Bréfritari: Ragnheiður Daníelsdóttir
Viðtakandi: Jakobína Magnúsdóttir
Dagsetning: A-1886-09-21
Skrifað á: Reykjavík  Gull.
Ragnheiður var dóttir Jakobínu

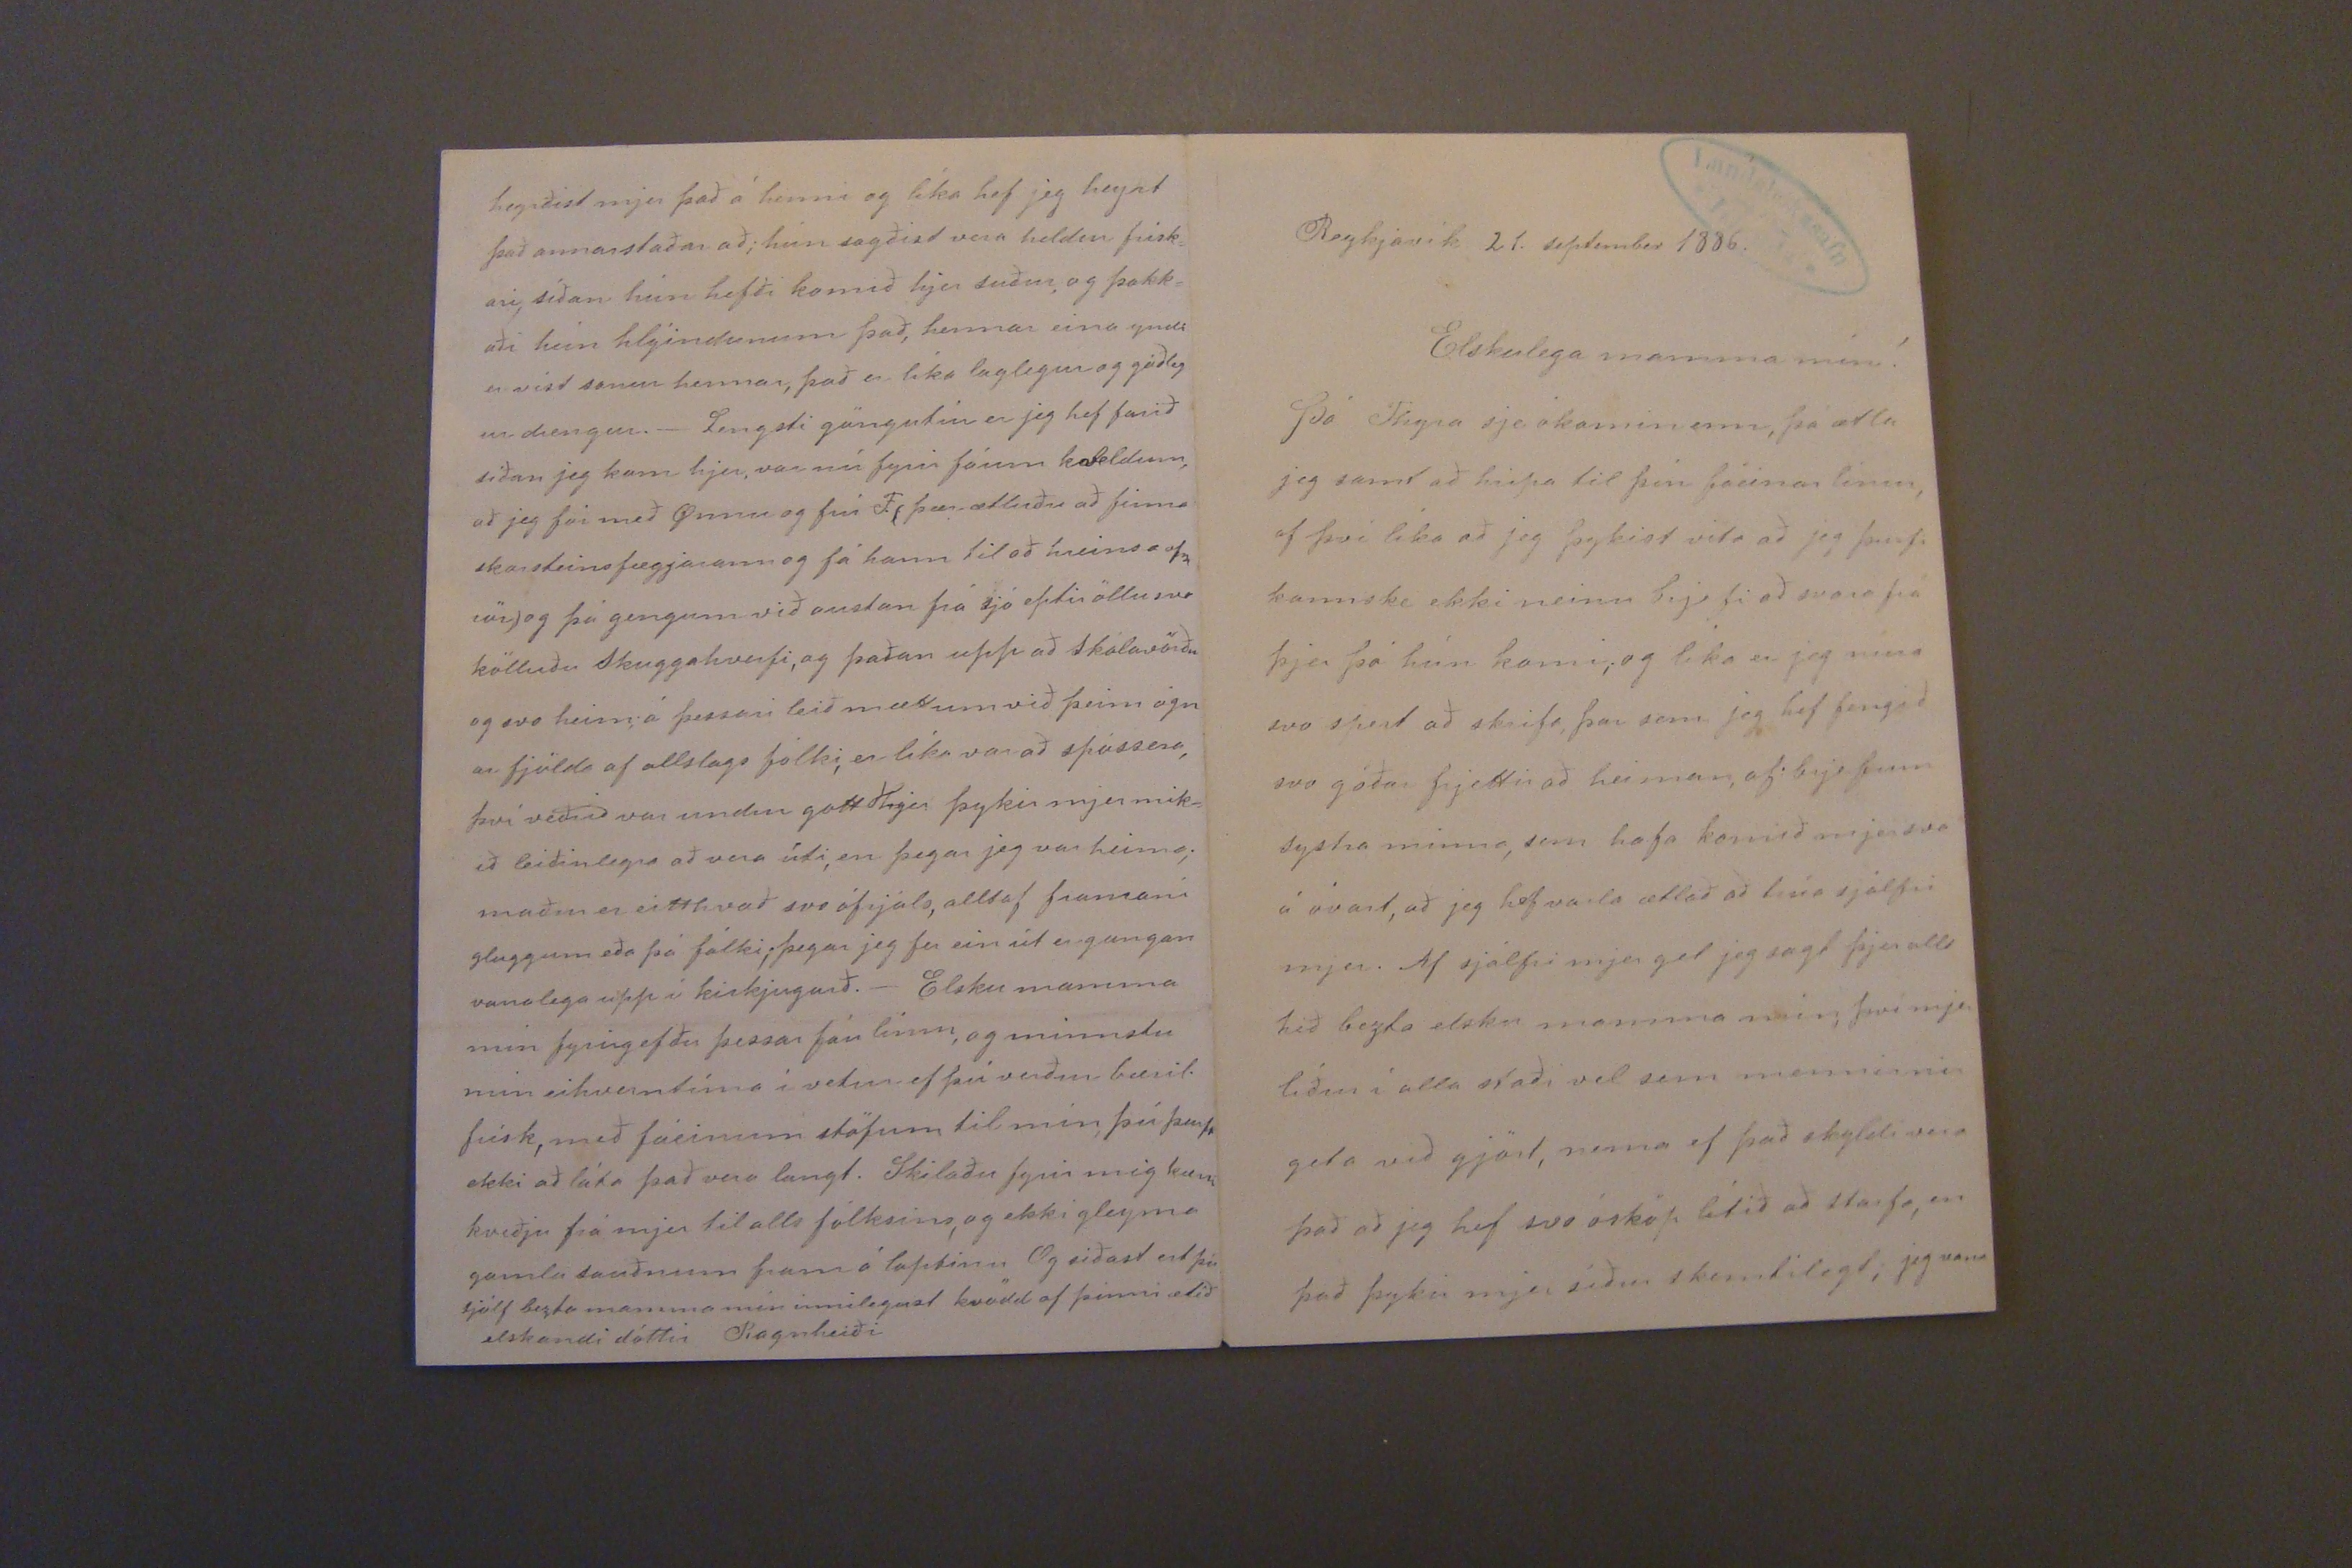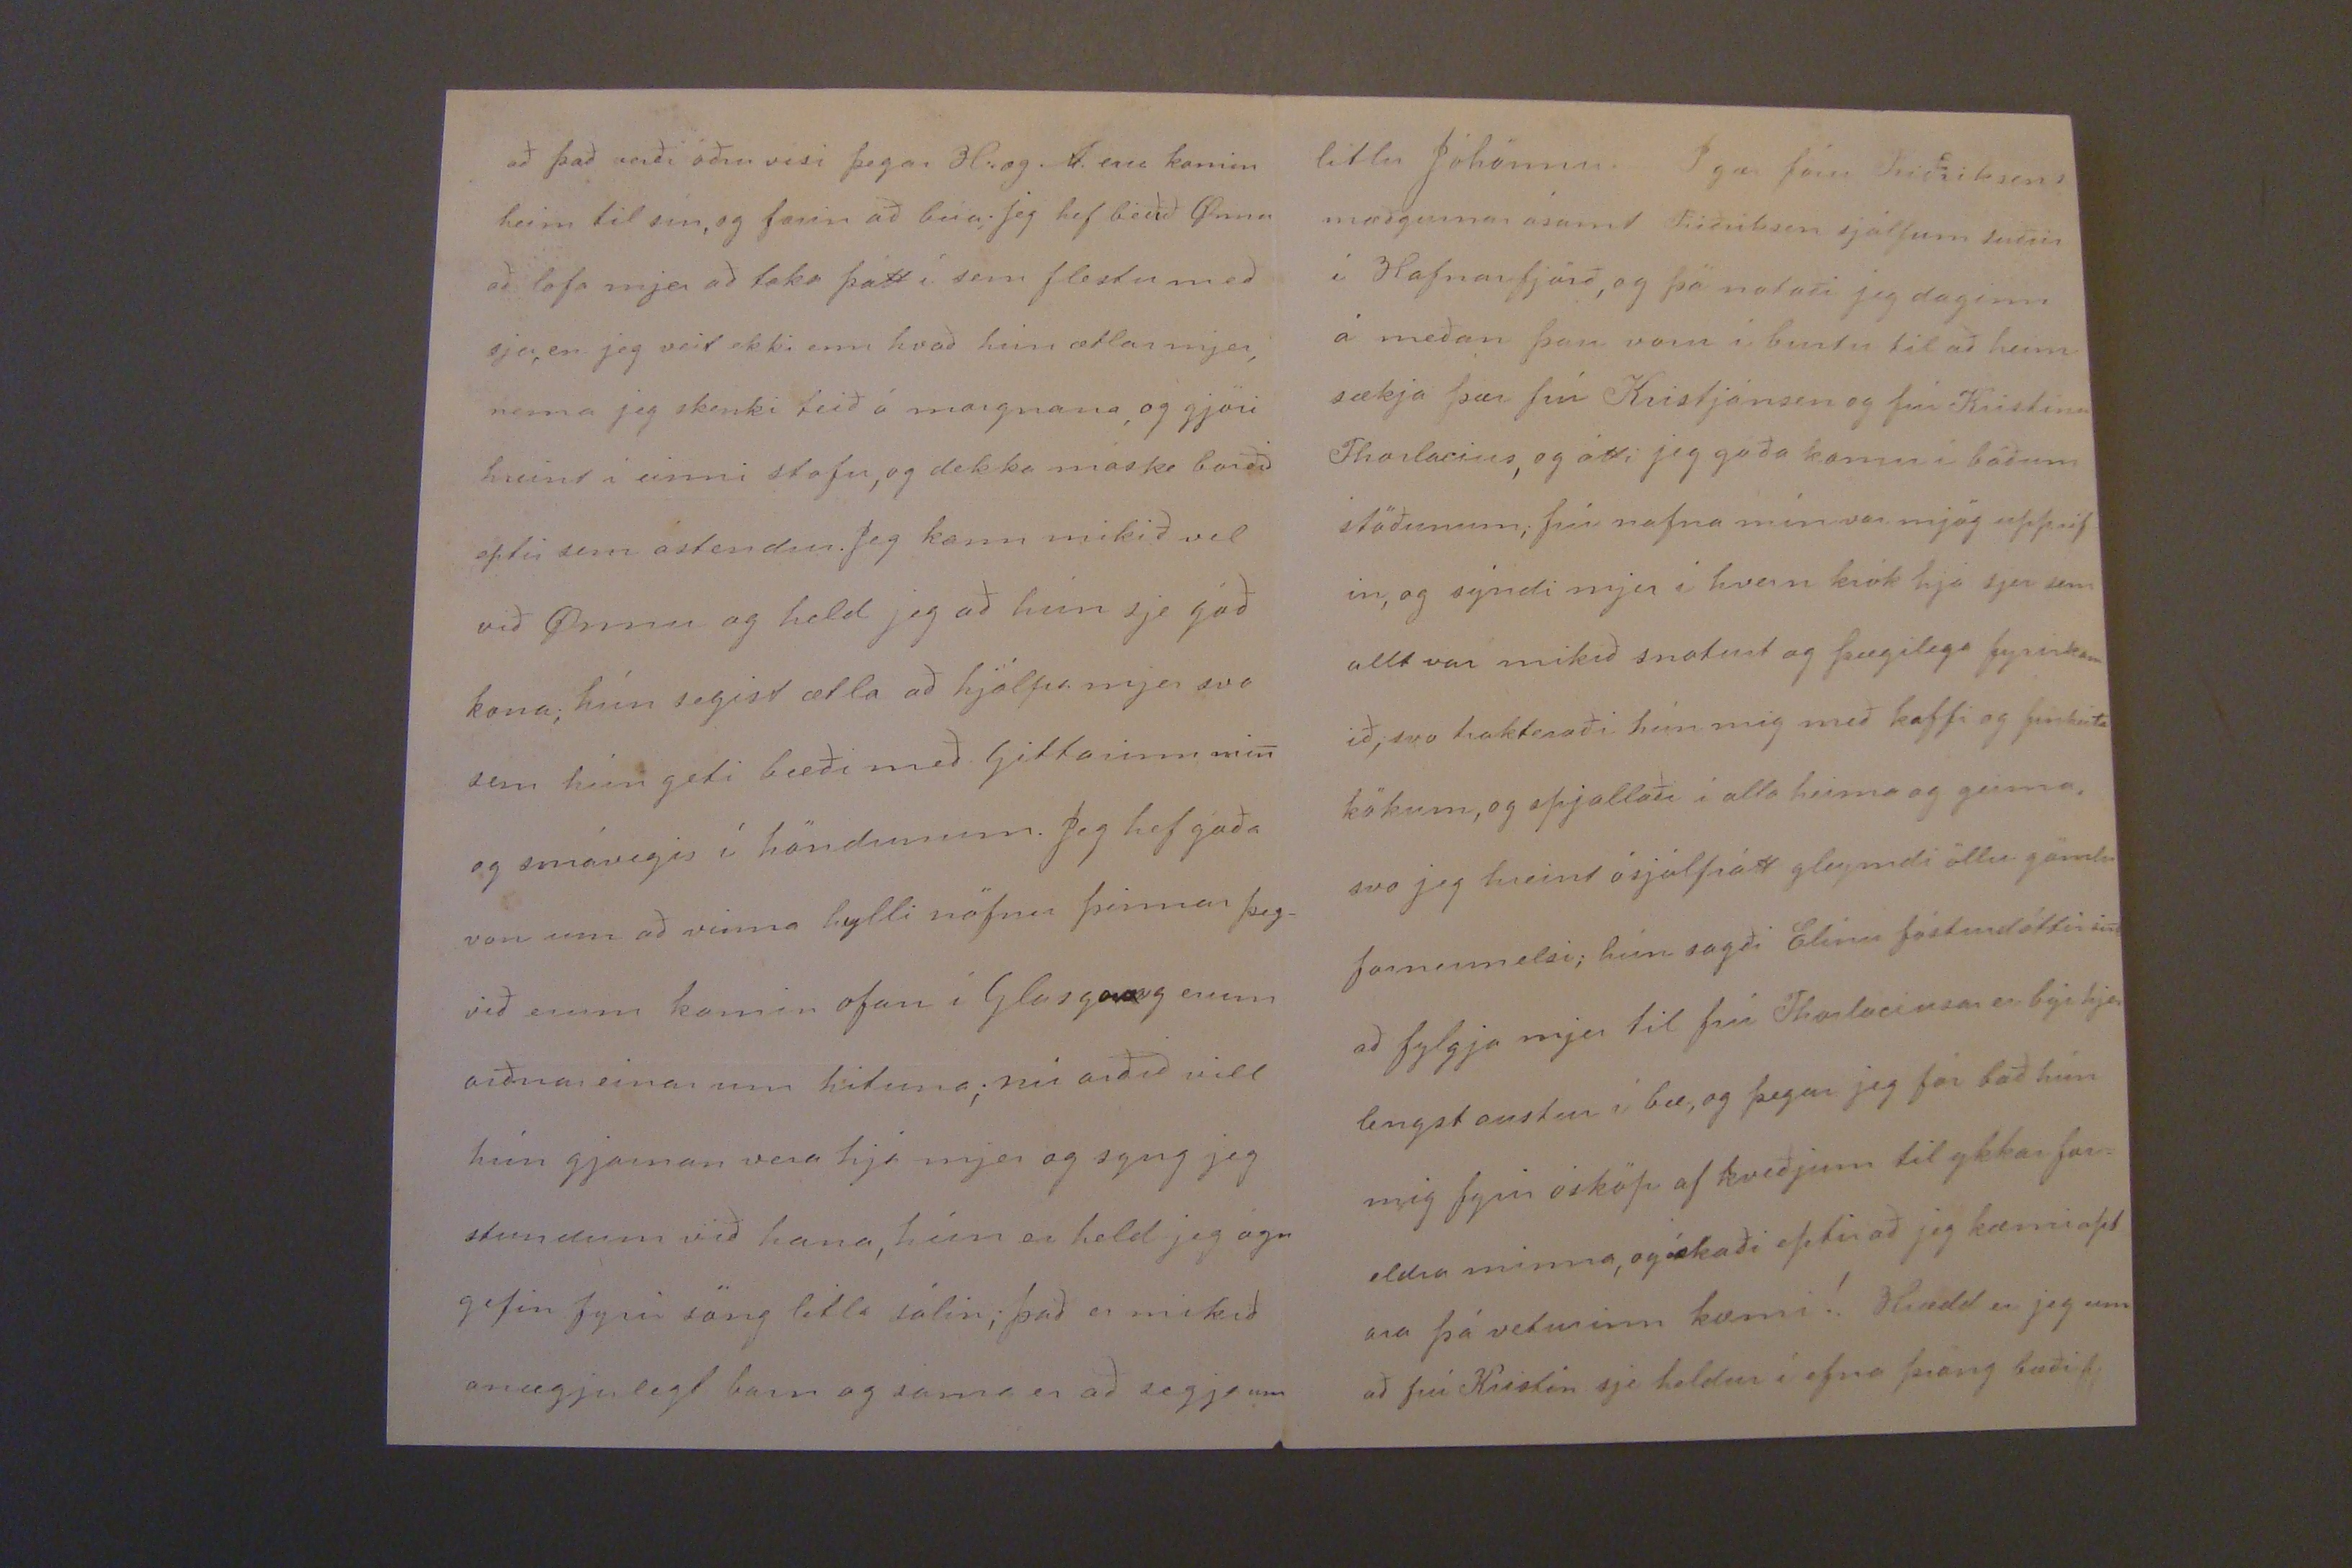

Reykjavík 21. september 1886.
Elskulega mamma mín!
Þó Thyra sje ókomin enn, þá ætla jeg samt að hripa til þín fáeinar línur, af því líka að jeg þykist vita að jeg þurfi kannski ekki neinu brjefi að svara frá þjer þó hún komi; og líka er jeg núna svo spert að skrifa, þar sem jeg hef fengið svo góðar frjettir að heiman, af brjefum systra minna, sem hafa komið mjer svo á óvart, að jeg hef varla ætlað að trúa sjálfri mjer. Af sjálfri mjer get jeg sagt þjer alls hið bezta elsku mamma mín, því mjer líður í alla staði vel sem mennirnir geta við gjört, nema ef það skyldi vera það að jeg hef svo ósköp lítið að starfa, en það þykir mjer síður skemtilegt, jeg vona
að það verði öðruvísi þegar H. og A. eru komin heim til sín, og farin að búa; jeg hef beðið Önnu að lofa mjer að taka þátt í sem flestu með sjer, en jeg veit ekki enn hvað hún ætlar mjer, nema jeg skenki teið á morgnana, og gjöri hreint í einni stofu, og dekka máski borðið eptir sem á stendur. Jeg kann mikið vel við Önnu og held jeg að hún sje góð kona; hún segist ætla að hjálpa mjer svo sem hún geti bæði með
0ittarinn
min og smávegis í höndunum. Jeg hef góða von um að vinna hylli nöfnu þinnar þeg= við erum komin ofan í Glasgo og erum orðnar einar um hituna; nú orðið vill hún gjarnan vera hjá mjer og syng jeg stundum við hana, hún er held jeg ógn gefin fyrir söng litla sálin; það er mikið ánægjulegt barn og sama er að segja um
litlu Jóhönnu. Í gær fóru Friðriksens mæðgurnar ásamt Friðriksen sjálfum suður í Hafnarfjörð, og þá notaði jeg daginn á meðan þau voru í burtu til að heim sækja þær frú Kristjánson og frú Kristínu Thorlacius, og átti jeg góða komu í báðum stöðunum; frú nafna mín var mjög upprif in, og sýndi mjer í hvern krók hjá sjer sem allt var mikið snoturt og þægilega fyrirkom ið; svo trakteraði hún mig með kaffi og fínheita kökum, og spjallaði í alla heima og geima, svo jeg hreint ósjálfrátt gleymdi öllu gömlu
f000000elsi
; hún sagði Elínu fósturdóttir sini að fylgja mjer til frú Thorlaciusar er býr hjer lengst austur í bæ, og þegar jeg fór bað hún mig fyrir ósköp af kveðjum til ykkar for= eldra minna, og óskaði eptir að jeg kæmi opt= ara þá veturinn kæmi! Hrædd er jeg um að frú Kristín sje heldur í efna þröng bæði
þa
heyrðist mjer það á henni og líka hef jeg heyrt það annarstaðar að; hún sagðist vera heldur frísk= ari, síðan hún hefði komið hjer suður, og þakk= aði hún hlýindunum það, hennar eina yndi er víst sonur hennar, það er líka laglegur og góðleg ur drengur._ Lengsti göngutúr er jeg hef farið síðan jeg kom hjer, var nú fyrir fáum kveldum, að jeg fór með Önnu og frú F.( þær ætluðu að finna skorsteins
filgjarann
og fá hann til að hreinsa
sm iör)
og þá gengum við austan frá sjó eptir öllu svo kölluðu Skuggaghverfi, og þaðan upp að Skólavörðu og svo heim; á þessari leið mættum við þeim ógn ar fjölda af allslags fólki, en líka var að spássera, því veður var undur gott Hjer þykir mjer mik= ið leiðinlegra að vera úti, en þegar jeg var heima; maður er eitthvað svo ófrjáls, alltaf framaní gluggum eða þá fólki; þegar jeg fer ein út er gangan vanalega upp í kirkjugarð._ Elsku mamma mín fyrirgefðu þessar fáu línur, og minnstu min eihverntíma í vetur ef þú verður bæril. frísk, með fáeinum stöfum til mín; þú þarft ekki að láta það vera langt. Skilaðu fyrir mig kærri kveðju frá mjer til alls fólksins, og ekki gleyma gamla staðnum fram á loptinu Og siðast ert þú sjálf bezta mamma mín innileguzt kvödd af þinni ætíð elskandi dóttir
Ragnheiði